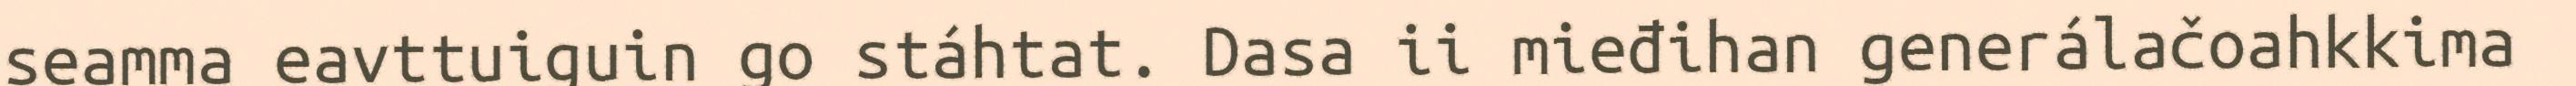
seamma eavttuiguin go stáhtat. Dasa ii mieđihan generálačoahkkima